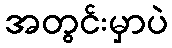
အတွင်းမှာပဲ